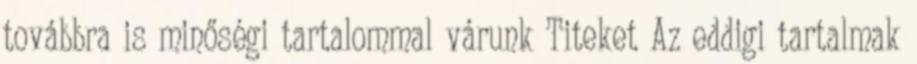
továbbra is minőségi tartalommal várunk Titeket Az eddigi tartalmak